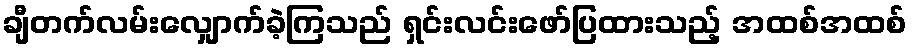
ချီတက်လမ်းလျှောက်ခဲ့ကြသည် ရှင်းလင်းဖော်ပြထားသည့် အထစ်အထစ်